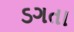
ડગતા